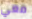
معي